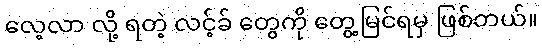
လေ့လာ လို့ ရတဲ့ လင့်ခ် တွေကို တွေ့မြင်ရမှ ဖြစ်တယ်။